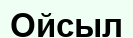
Ойсыл